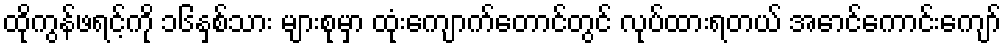
ထိုကွန်ဖရင့်ကို ၁၆နှစ်သား များစုမှာ ထုံးကျောက်တောင်တွင် လုပ်ထားရတယ် အောင်ကောင်းကျော်